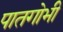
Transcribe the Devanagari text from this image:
पातगोभी